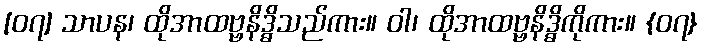
[၀၇] သာပန၊ ထိုအာထဗ္ဗနိဒ္ဓိသည်ကား။ ဝါ၊ ထိုအာထဗ္ဗနိဒ္ဓိကိုကား။ {၀၇}